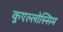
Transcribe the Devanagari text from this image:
कुएल्लोस्सिम